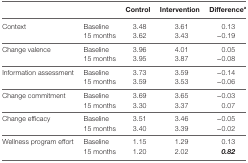
<table><thead><tr><td></td><td></td><td><b>Control</b></td><td><b>Intervention</b></td><td><b>Difference<sup>a</sup></b></td></tr></thead><tbody><tr><td>Context</td><td>Baseline</td><td>3.48</td><td>3.61</td><td>0.13</td></tr><tr><td></td><td>15 months</td><td>3.62</td><td>3.43</td><td>−0.19</td></tr><tr><td>Change valence</td><td>Baseline</td><td>3.96</td><td>4.01</td><td>0.05</td></tr><tr><td></td><td>15 months</td><td>3.95</td><td>3.87</td><td>−0.08</td></tr><tr><td>Information assessment</td><td>Baseline</td><td>3.73</td><td>3.59</td><td>−0.14</td></tr><tr><td></td><td>15 months</td><td>3.59</td><td>3.53</td><td>−0.06</td></tr><tr><td>Change commitment</td><td>Baseline</td><td>3.69</td><td>3.65</td><td>−0.03</td></tr><tr><td></td><td>15 months</td><td>3.30</td><td>3.37</td><td>0.07</td></tr><tr><td>Change efficacy</td><td>Baseline</td><td>3.51</td><td>3.46</td><td>−0.05</td></tr><tr><td></td><td>15 months</td><td>3.40</td><td>3.39</td><td>−0.02</td></tr><tr><td>Wellness program effort</td><td>Baseline</td><td>1.15</td><td>1.29</td><td>0.13</td></tr><tr><td></td><td>15 months</td><td>1.20</td><td>2.02</td><td><b><i>0.82</i></b></td></tr></tbody></table>